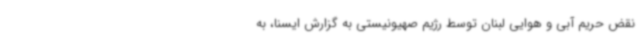
نقض حریم آبی و هوایی لبنان توسط رژیم صهیونیستی به گزارش ایسنا، به